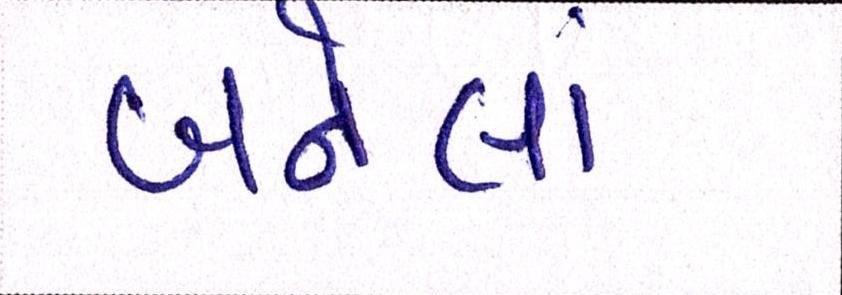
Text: બનેલાં